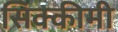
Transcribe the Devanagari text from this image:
सिक्कीमी